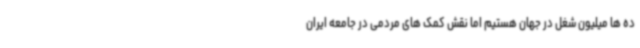
ده ها میلیون شغل در جهان هستیم اما نقش کمک های مردمی در جامعه ایران